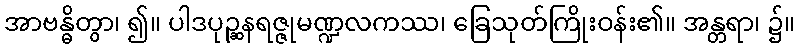
အာဗန္ဓိတွာ၊ ၍။ ပါဒပုဉ္ဆနရဇ္ဇုမဏ္ဍလကဿ၊ ခြေသုတ်ကြိုးဝန်း၏။ အန္တရာ၊ ၌။